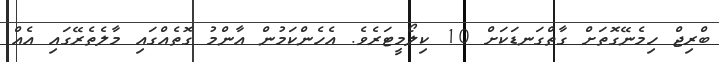
ބްރިޖް ހިމެނޭގޮތަށް ގާތްގަނޑަކަށް 10 ކިލޯމީޓަރެވެ. އެހެންކަމުން އާންމު ގޮތެއްގައި މާލެތެރޭގައި އެއް